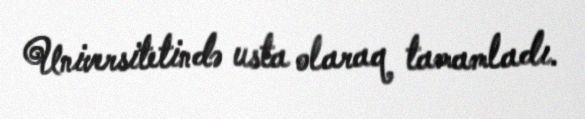
Universitetində usta olaraq tamamladı.